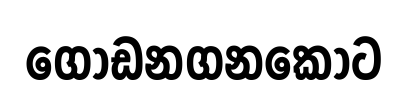
ගොඩනගනකොට